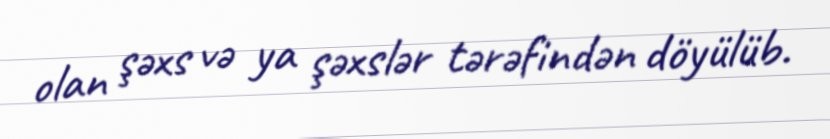
olan şəxs və ya şəxslər tərəfindən döyülüb.